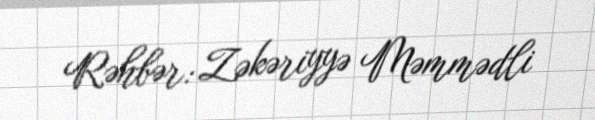
Rəhbər: Zəkəriyyə Məmmədli